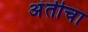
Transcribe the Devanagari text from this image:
अंतीचा